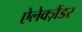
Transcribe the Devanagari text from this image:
ऐलेक्ज़ैंडर